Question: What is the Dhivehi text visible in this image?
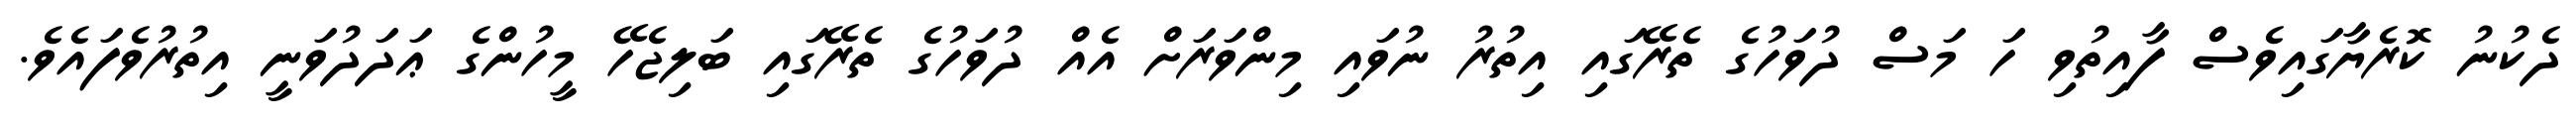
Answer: ދެކުނު ކޮރެޔާގައިވެސް ފާއިތުވި ހަ މަސް ދުވަހުގެ ތެރޭގައި އިތުރު ނުވައި މިންވަރަށް އެއް ދުވަހުގެ ތެރޭގައި ބަލިޖެހޭ މީހުންގެ ޢަދަދުވަނީ އިތުރުވެފައެވެ.